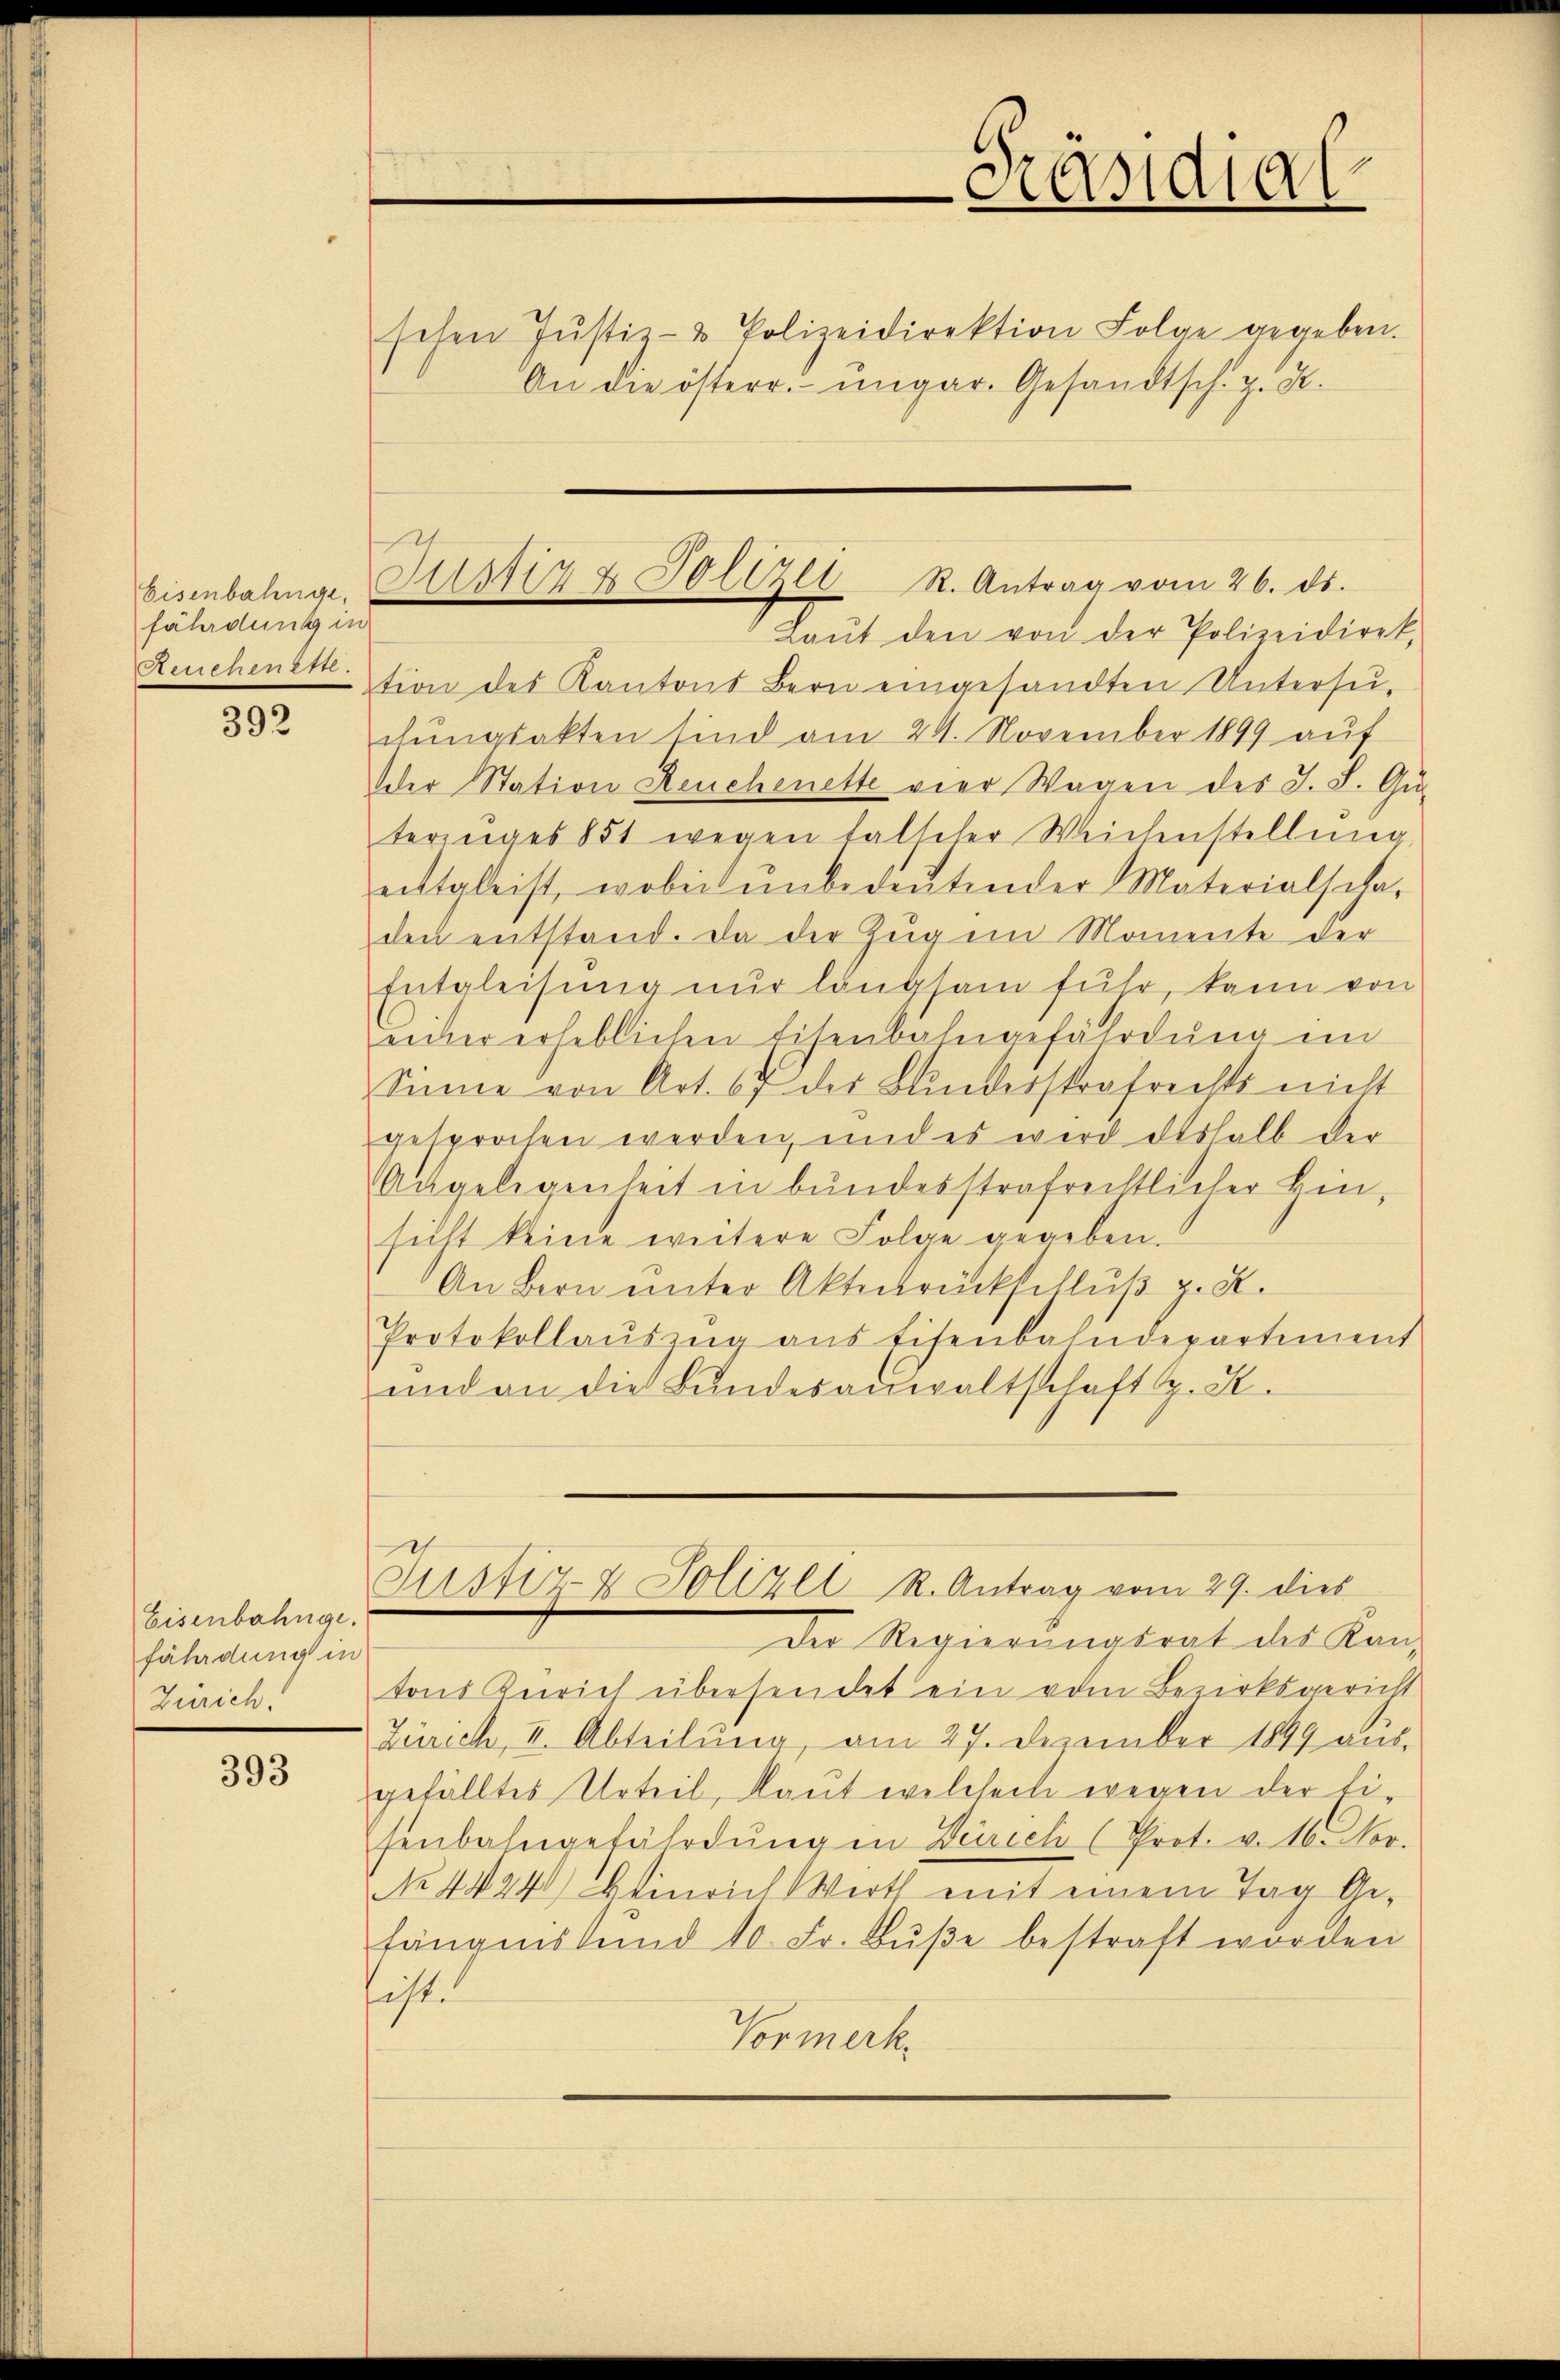
Eisenbahngefährdung in

392

Eisenbahnge.
fährdung in
Zürich.

393

schen Jŭstiz- & Polizeidirektion Folge gegeben.
An die österr. ungar. Gesandtsch. z. B.

Laŭt den von der Polizeidirek,
Reuchenektion des Kantons Bern eingesandten Untersuchungsakten sind am 24. November 1899 auf
Oder Station Reuchenette vier Wagen des J. S. Gu-
terziges 851 wegen falscher Weichenstellŭng
eittgleist, wobei ŭnbedeŭtender Materialscha-
den entstand. Da der Zŭg ein Momente der
Entgleisung nur langsam fuhr, kann von
einer erheblichen Eisenbahngefährdung im
Sinne von Art. 67 der Bundesstrafrechts nicht
gesprochen werden, und es wird deshalb der
Angelegenheit in bundesstrafrechtlicher Hin-
sicht keine weitere Folge gegeben.
An Bern unter Aktenbrückschluß z. R.
Protokollaŭszŭg ans Eisenbahndepartement
und an die Bundesanwaltschaft z. S.

Lustdi

Justiz & Polizei R. Antrag vom 26. ds.

Justiz- & Polizei K. Antrag vom 29. dies

Der Regierungsrat des Kanz
tons Zürich übersendet ein vom Bezirksgericht
Zürich, II. Abteilung, am 27. Dezember 1849 aus-
gefälltes Urteil, laut welchert wegen der Eisenbahngefährdung in Zürich (Prot. v. 16. Nov.
No 4424 Heinrich Werth mit einem Tag Gefängnis und 10. Fr. Bŭβe bestraft worden
iste
Vormerk